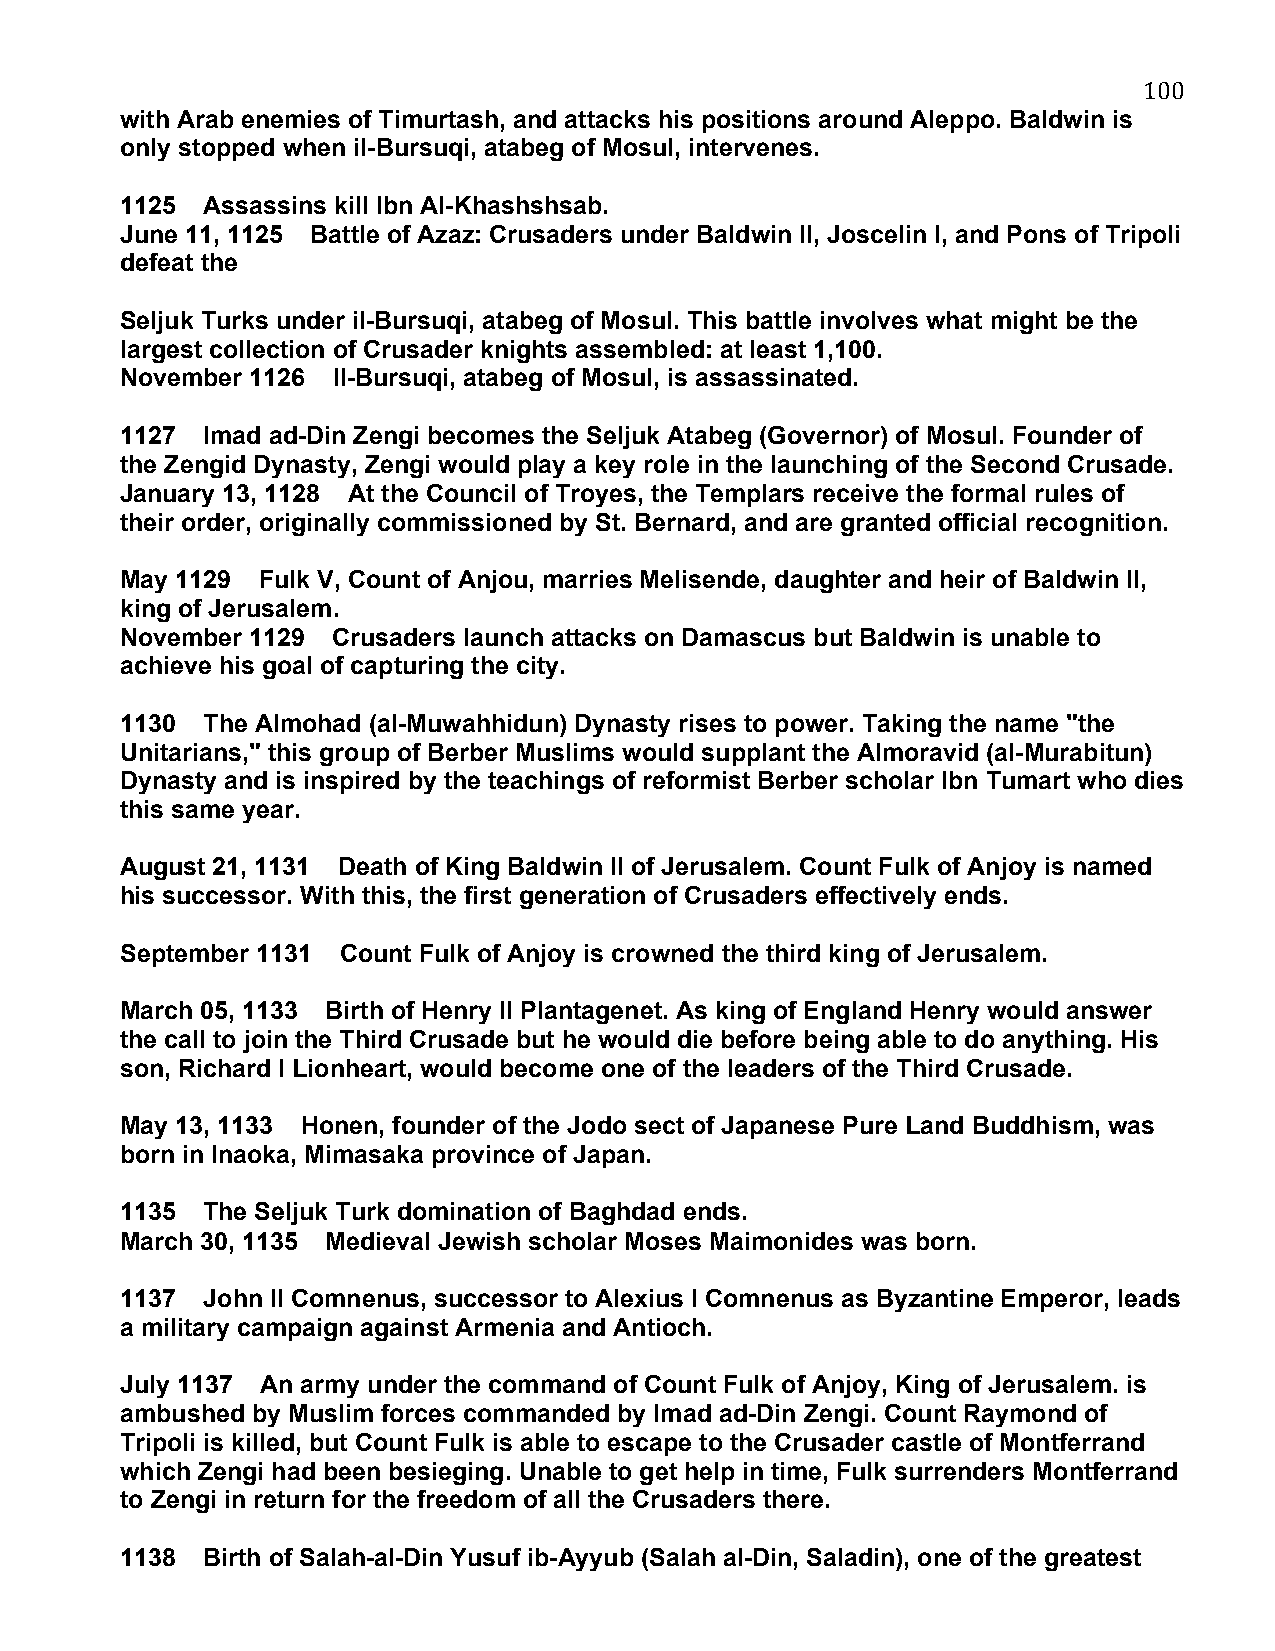
100
 with Arab enemies of Timurtash, and attacks his positions around Aleppo. Baldwin is
 only stopped when il-Bursuqi, atabeg of Mosul, intervenes.
 1125 Assassins kill Ibn Al-Khashshsab.
 June 11, 1125 Battle of Azaz: Crusaders under Baldwin II, Joscelin I, and Pons of Tripoli
 defeat the
 Seljuk Turks under il-Bursuqi, atabeg of Mosul. This battle involves what might be the
 largest collection of Crusader knights assembled: at least 1,100.
 November 1126 Il-Bursuqi, atabeg of Mosul, is assassinated.
 1127 Imad ad-Din Zengi becomes the Seljuk Atabeg (Governor) of Mosul. Founder of
 the Zengid Dynasty, Zengi would play a key role in the launching of the Second Crusade.
 January 13, 1128 At the Council of Troyes, the Templars receive the formal rules of
 their order, originally commissioned by St. Bernard, and are granted official recognition.
 May 1129 Fulk V, Count of Anjou, marries Melisende, daughter and heir of Baldwin II,
 king of Jerusalem.
 November 1129 Crusaders launch attacks on Damascus but Baldwin is unable to
 achieve his goal of capturing the city.
 1130 The Almohad (al-Muwahhidun) Dynasty rises to power. Taking the name "the
 Unitarians," this group of Berber Muslims would supplant the Almoravid (al-Murabitun)
 Dynasty and is inspired by the teachings of reformist Berber scholar Ibn Tumart who dies
 this same year.
 August 21, 1131 Death of King Baldwin II of Jerusalem. Count Fulk of Anjoy is named
 his successor. With this, the first generation of Crusaders effectively ends.
 September 1131 Count Fulk of Anjoy is crowned the third king of Jerusalem.
 March 05, 1133 Birth of Henry II Plantagenet. As king of England Henry would answer
 the call to join the Third Crusade but he would die before being able to do anything. His
 son, Richard I Lionheart, would become one of the leaders of the Third Crusade.
 May 13, 1133 Honen, founder of the Jodo sect of Japanese Pure Land Buddhism, was
 born in Inaoka, Mimasaka province of Japan.
 1135 The Seljuk Turk domination of Baghdad ends.
 March 30, 1135 Medieval Jewish scholar Moses Maimonides was born.
 1137 John II Comnenus, successor to Alexius I Comnenus as Byzantine Emperor, leads
 a military campaign against Armenia and Antioch.
 July 1137 An army under the command of Count Fulk of Anjoy, King of Jerusalem. is
 ambushed by Muslim forces commanded by Imad ad-Din Zengi. Count Raymond of
 Tripoli is killed, but Count Fulk is able to escape to the Crusader castle of Montferrand
 which Zengi had been besieging. Unable to get help in time, Fulk surrenders Montferrand
 to Zengi in return for the freedom of all the Crusaders there.
 1138 Birth of Salah-al-Din Yusuf ib-Ayyub (Salah al-Din, Saladin), one of the greatest